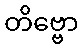
တိဗ္ဗော